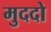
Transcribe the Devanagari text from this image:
मुददो